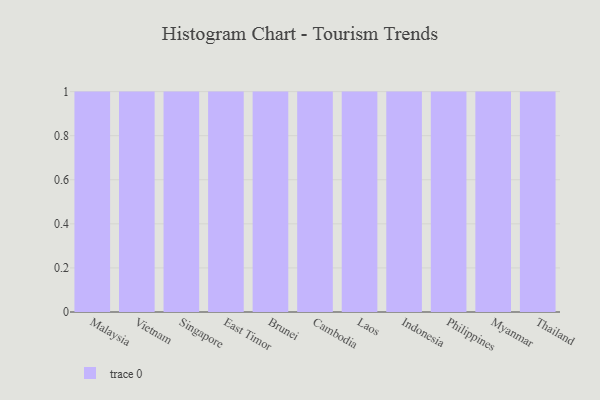
{"axis": {"x": "Country", "y": "Production Output"}, "legend": [""], "data": [{"x": "Malaysia", "y": 62, "type": ""}, {"x": "Vietnam", "y": 81, "type": ""}, {"x": "Singapore", "y": 21, "type": ""}, {"x": "East Timor", "y": 90, "type": ""}, {"x": "Brunei", "y": 90, "type": ""}, {"x": "Cambodia", "y": 16, "type": ""}, {"x": "Laos", "y": 79, "type": ""}, {"x": "Indonesia", "y": 18, "type": ""}, {"x": "Philippines", "y": 50, "type": ""}, {"x": "Myanmar", "y": 80, "type": ""}, {"x": "Thailand", "y": 4, "type": ""}]}